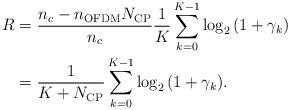
LaTeX: \begin{align*} \begin{aligned} R &= \frac{{{n_c} - {n_{\rm{OFDM}}}{N_{\rm{CP}}}}}{{{n_c}}}\frac{1}{{K}}\sum\limits_{k = 0}^{K - 1} {{{\log }_2}\left( {1 + {\gamma}_k} \right)}\\ &= \frac{1}{{K + {N_{{\rm{CP}}}}}}\sum\limits_{k = 0}^{K - 1} {{{\log }_2}\left( {1 + {\gamma _k}} \right)}. \end{aligned} \end{align*}